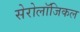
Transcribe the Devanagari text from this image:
सेरोलॉजिकल